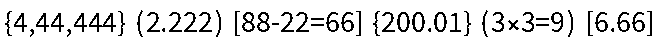
{4,44,444} (2.222) [88-22=66] {200.01} (3×3=9) [6.66]